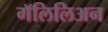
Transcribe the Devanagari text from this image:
गॅलिलिअन